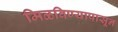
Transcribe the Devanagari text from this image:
मिळविण्यापासून